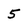
Character: 5